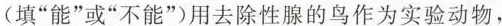
(填”能”或”不能”)用去除性腺的鸟作为实验动物，